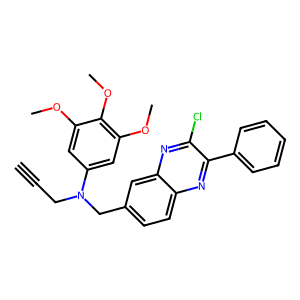
SMILES: C#CCN(Cc1ccc2nc(-c3ccccc3)c(Cl)nc2c1)c1cc(OC)c(OC)c(OC)c1
Inhibits HIV replication: No